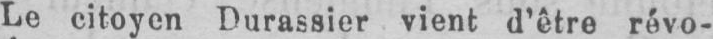
Le citoyen Durassier vient d’être révo-